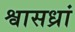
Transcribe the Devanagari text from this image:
श्वासध्रां